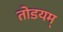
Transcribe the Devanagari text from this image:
तोडयम्